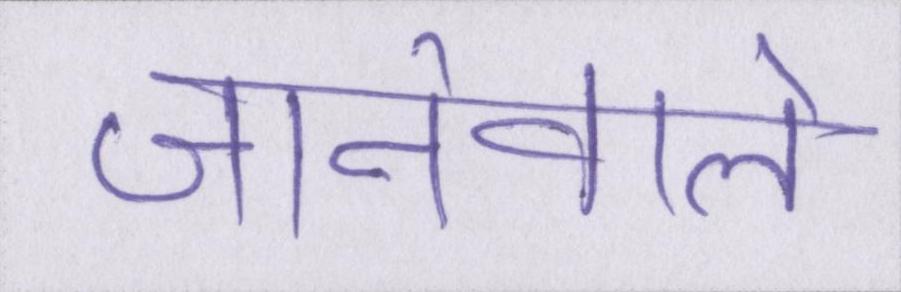
जानेवाले